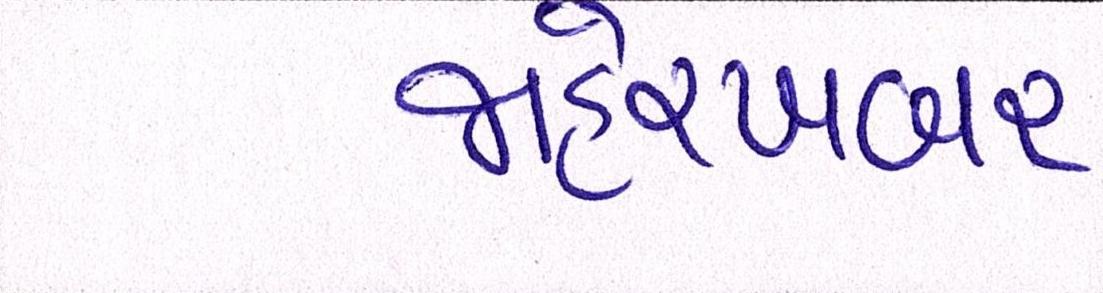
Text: જાહેરખબર